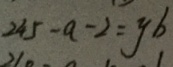
2 4 5 - a - 2 = y b